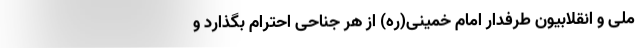
ملی و انقلابیون طرفدار امام خمینی(ره) از هر جناحی احترام بگذارد و